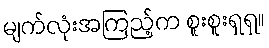
မျက်လုံးအကြည့်က စူးစူးရှရှ။